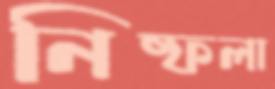
নিষ্ফলা